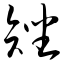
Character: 矬